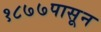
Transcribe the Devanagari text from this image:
१८७७पासून